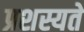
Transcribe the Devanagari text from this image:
प्रशस्यते